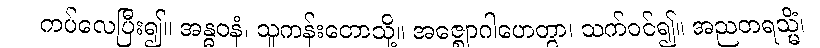
ကပ်လေပြီး၍။ အန္ဓဝနံ၊ သူကန်းတောသို့။ အဇ္ဈောဂါဟေတွာ၊ သက်ဝင်၍။ အညတရသ္မိံ၊